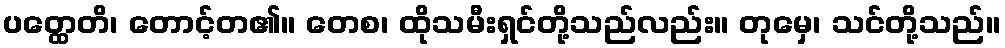
ပတ္ထေတိ၊ တောင့်တ၏။ တေစ၊ ထိုသမီးရှင်တို့သည်လည်း။ တုမှေ၊ သင်တို့သည်။